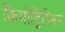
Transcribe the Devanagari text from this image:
किमोट्रिप्सिन